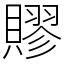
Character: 賿